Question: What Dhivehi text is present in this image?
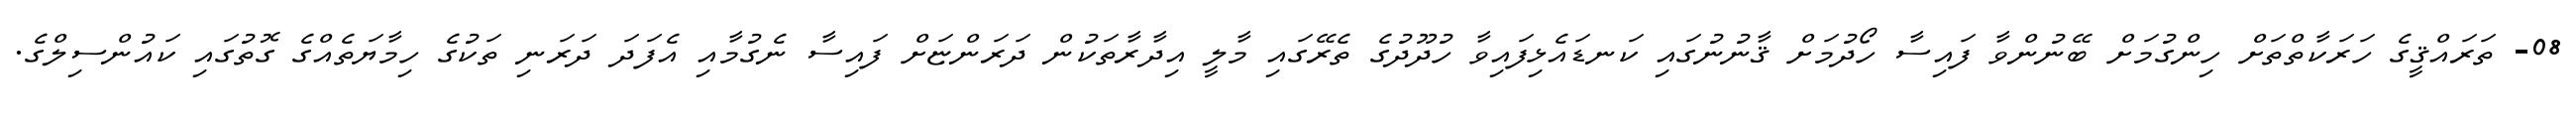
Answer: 08- ތަރައްޤީގެ ހަރަކާތްތަށް ހިންގުމަށް ބޭނުންވާ ފައިސާ ހޯދުމަށް ޤާނުނުގައި ކަނޑައެޅިފައިވާ ހުދޫދުގެ ތެރޭގައި މާލީ އިދާރާތަކުން ދަރަންޏަށް ފައިސާ ނެގުމާއި އެފަދަ ދަރަނި ތަކުގެ ހިމާޔަތެއްގެ ގޮތުގައި ކައުންސިލްގެ.